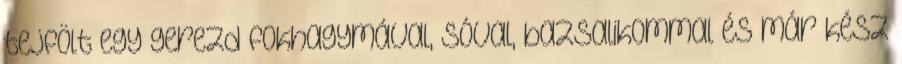
tejfölt egy gerezd fokhagymával, sóval, bazsalikommal és már kész